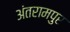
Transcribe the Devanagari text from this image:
अंतरामपुर